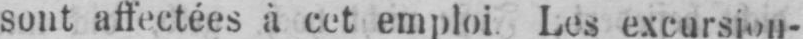
sont affectées à cet emploi Les excursion-